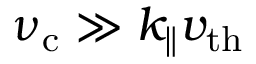
\nu _ { \mathrm { c } } \gg k _ { \| } v _ { \mathrm { t h } }